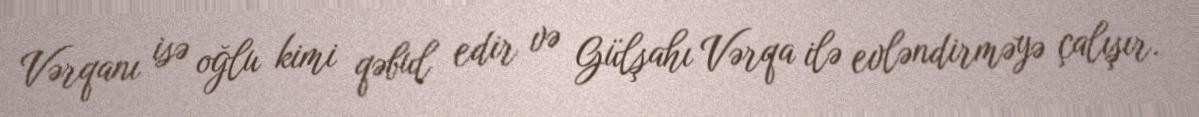
Vərqanı isə oğlu kimi qəbul edir və Gülşahı Vərqa ilə evləndirməyə çalışır.